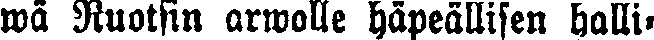
wä Ruotsin arwolle häpeällisen halli-